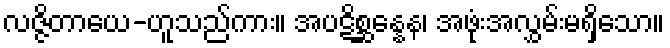
လဇ္ဇိတာယေ-ဟူသည်ကား။ အပဋိစ္ဆန္နေန၊ အဖုံးအလွှမ်းမရှိသော။